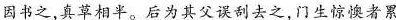
因书之，真草相。后为其父误刮去之，门生惊懊者累。